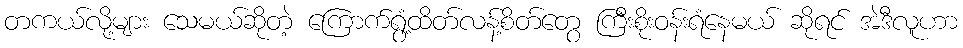
တကယ်လို့များ သေမယ်ဆိုတဲ့ ကြောက်ရွံ့ထိတ်လန့်စိတ်တွေ ကြီးစိုးဝန်းရံနေမယ် ဆိုရင် အဲဒီလူဟာ